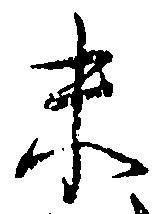
末